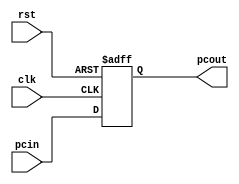
`timescale 1ns / 1ps

module pc(
    input clk,
    input rst,
    input [31:0] pcin,
    output reg [31:0] pcout
    );

	always @(posedge (rst) or posedge (clk))
			if (rst) pcout <= 0;
			else 		pcout <= pcin;
	
endmodule